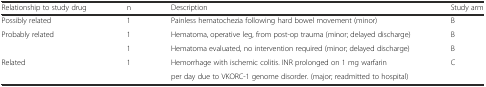
<table><thead><tr><td><b>Relationship to study drug</b></td><td><b>n</b></td><td><b>Description</b></td><td><b>Study arm</b></td></tr></thead><tbody><tr><td>Possibly related</td><td>1</td><td>Painless hematochezia following hard bowel movement (minor)</td><td>B</td></tr><tr><td rowspan="2">Probably related</td><td>1</td><td>Hematoma, operative leg, from post-op trauma (minor; delayed discharge)</td><td>B</td></tr><tr><td>1</td><td>Hematoma evaluated, no intervention required (minor; delayed discharge)</td><td>B</td></tr><tr><td>Related</td><td>1</td><td>Hemorrhage with ischemic colitis. INR prolonged on 1 mg warfarin</td><td>C</td></tr><tr><td></td><td></td><td>per day due to VKORC-1 genome disorder. (major; readmitted to hospital)</td><td></td></tr></tbody></table>